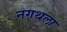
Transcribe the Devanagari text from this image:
नगथला